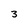
Character: 3